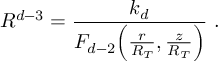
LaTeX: R ^ { d - 3 } = \frac { k _ { d } } { F _ { d - 2 } \Big ( \frac { r } { R _ { T } } , \frac { z } { R _ { T } } \Big ) } \ .